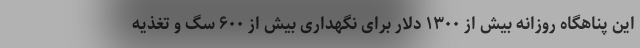
این پناهگاه روزانه بیش از ۱۳۰۰ دلار برای نگهداری بیش از ۶۰۰ سگ و تغذیه